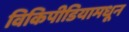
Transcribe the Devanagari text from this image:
विकिपीडियामधून